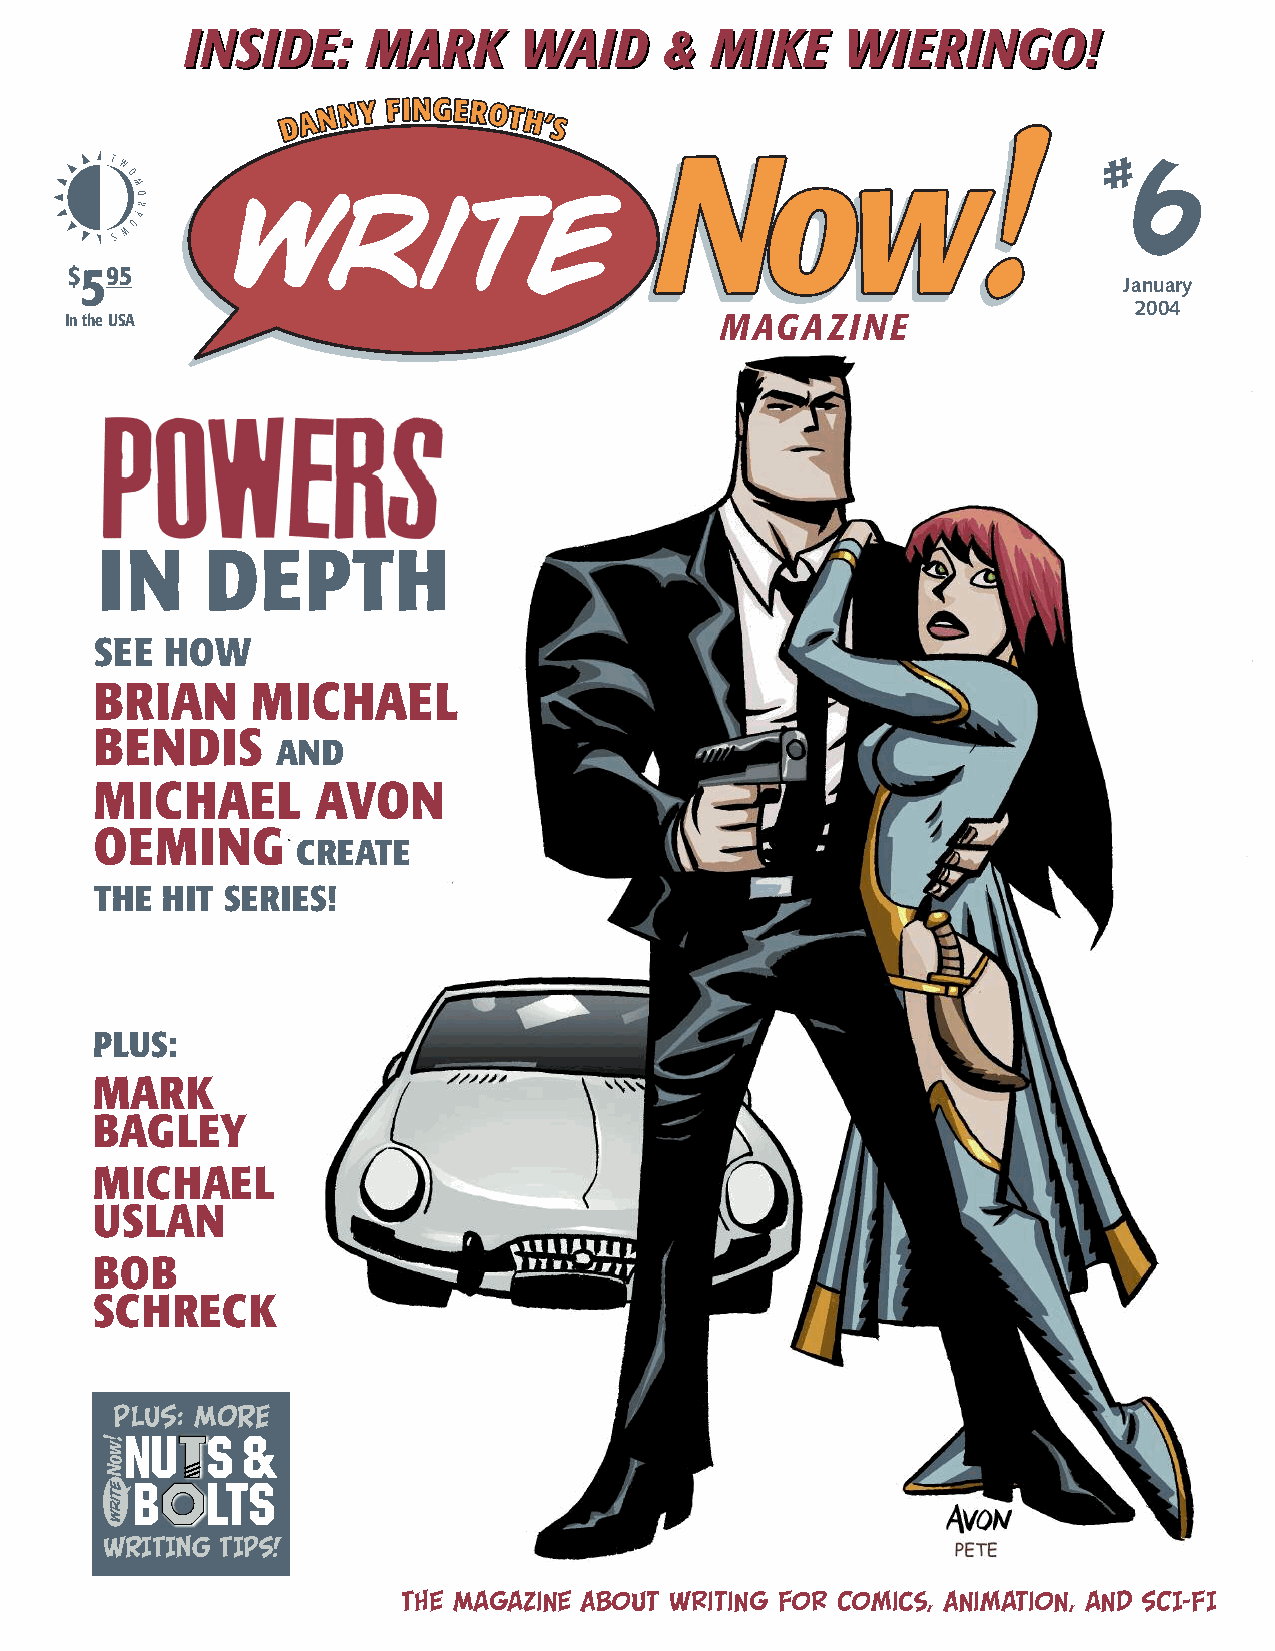
IINNSSIIDDEE:: MMAARRKK WWAAIIDD && MMIIKKEE WWIIEERRIINNGGOO!!
 #
 6
 $595
 January
 2004
 IntheUSA                                    MAGAZINE
 IN     DEPTH
 SEE  HOW
 BRIAN      MICHAEL
 BENDIS
 AND
 MICHAEL        AVON
 OEMING
 CREATE
 THE  HIT SERIES!
 PLUS:
 MARK
 BAGLEY
 MICHAEL
 USLAN
 BOB
 SCHRECK
 PLUS: MORE
 WRITING TIPS!
 The Magazine About Writing For Comics, Animation, and SCI-FI